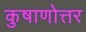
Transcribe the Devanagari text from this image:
कुषाणोत्तर